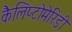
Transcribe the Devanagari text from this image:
कैलिप्टोमेरिडी